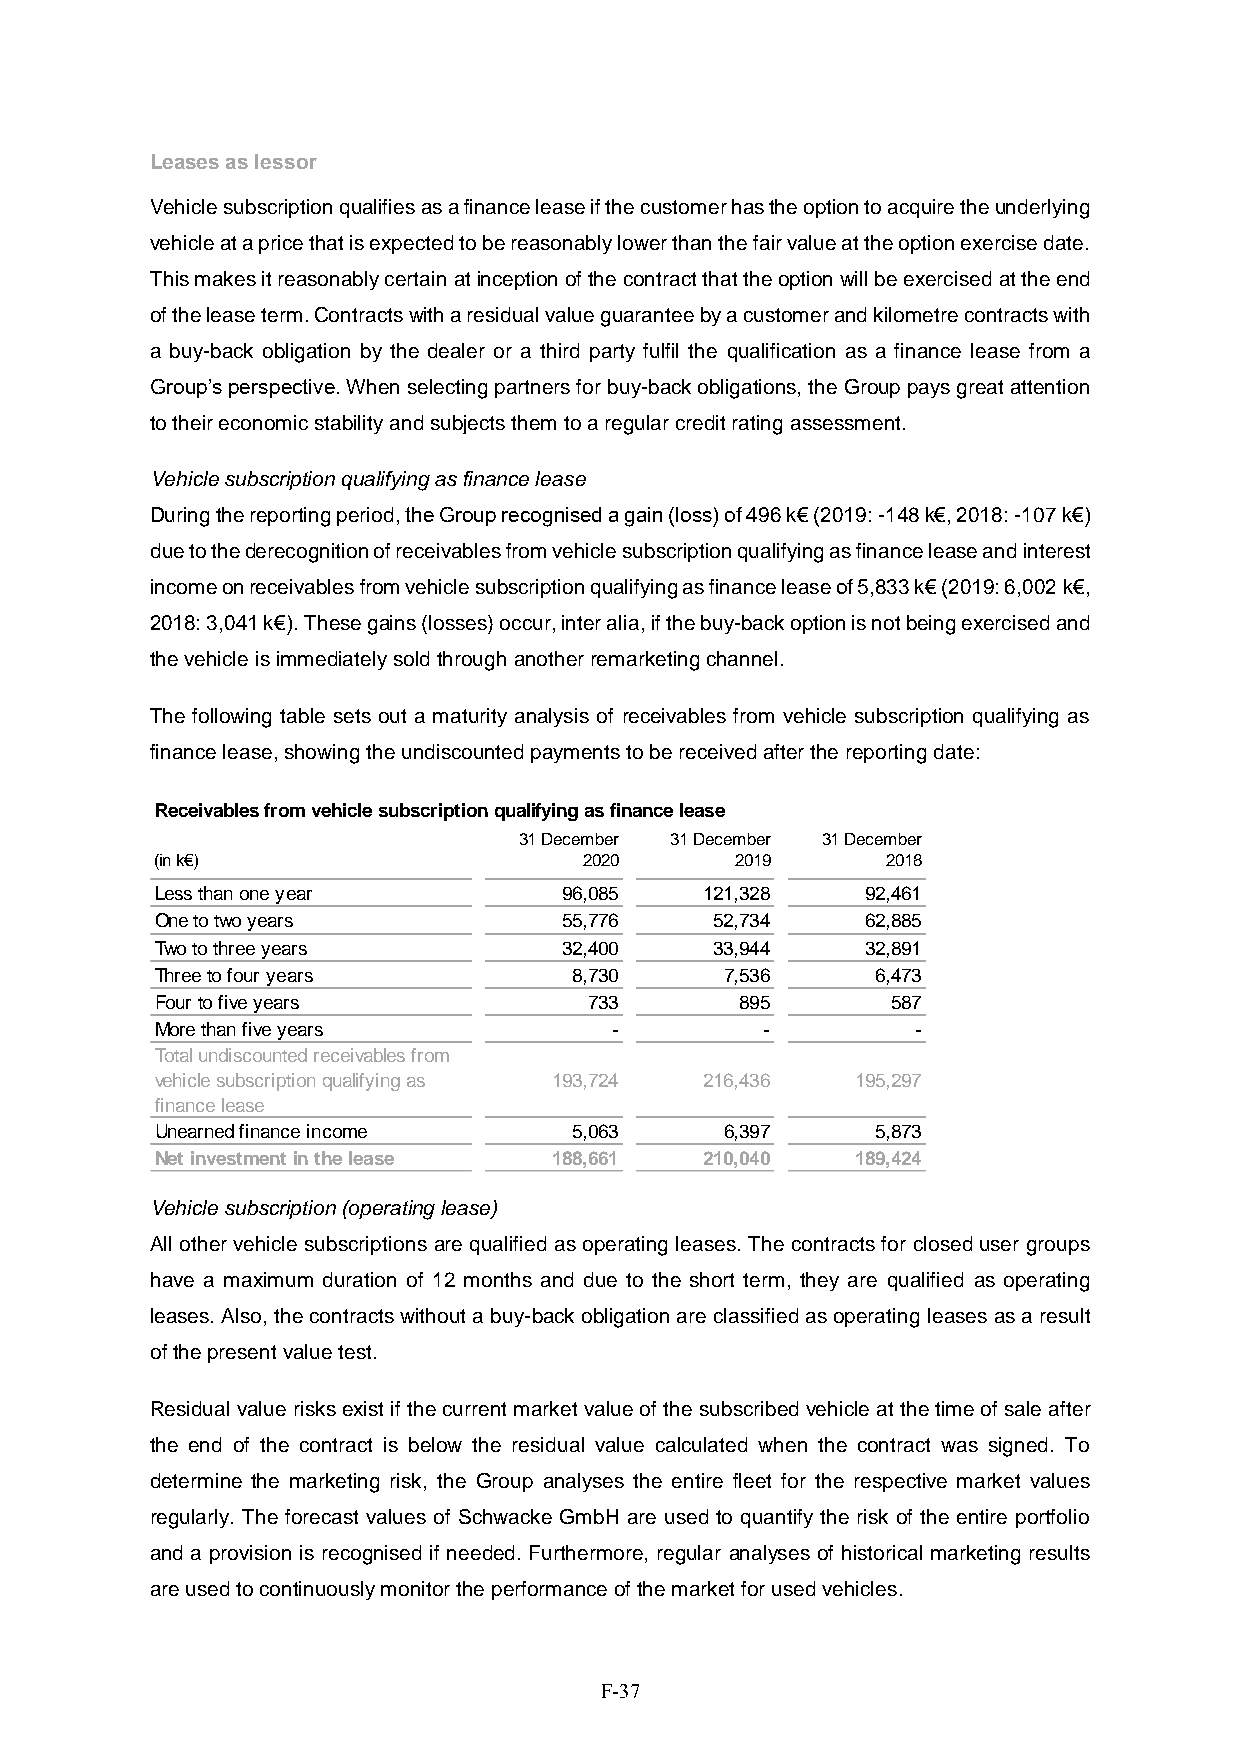
Leases as lessor
 Vehicle subscription qualifies as a finance lease if the customer has the option to acquire the underlying
 vehicle at a price that is expected to be reasonably lower than the fair value at the option exercise date.
 This makes it reasonably certain at inception of the contract that the option will be exercised at the end
 of the lease term. Contracts with a residual value guarantee by a customer and kilometre contracts with
 a buy-back obligation by the dealer or a third party fulfil the qualification as a finance lease from a
 Group’s perspective. When selecting partners for buy-back obligations, the Group pays great attention
 to their economic stability and subjects them to a regular credit rating assessment.
 Vehicle subscription qualifying as finance lease
 During the reporting period, the Group recognised a gain (loss) of 496 k€ (2019: -148 k€, 2018: -107 k€)
 due to the derecognition of receivables from vehicle subscription qualifying as finance lease and interest
 income on receivables from vehicle subscription qualifying as finance lease of 5,833 k€ (2019: 6,002 k€,
 2018: 3,041 k€). These gains (losses) occur, inter alia, if the buy-back option is not being exercised and
 the vehicle is immediately sold through another remarketing channel.
 The following table sets out a maturity analysis of receivables from vehicle subscription qualifying as
 finance lease, showing the undiscounted payments to be received after the reporting date:
 Receivables from vehicle subscription qualifying as finance lease
 31 December 31 December 31 December
 (in k€)                      2020      2019      2018
 Less than one year         96,085    121,328   92,461
 One to two years           55,776    52,734    62,885
 Two to three years         32,400    33,944    32,891
 Three to four years         8,730     7,536     6,473
 Four to five years           733       895       587
 More than five years          -         -          -
 Total undiscounted receivables from
 vehicle subscription qualifying as 193,724 216,436 195,297
 finance lease
 Unearned finance income     5,063     6,397     5,873
 Net investment in the lease 188,661  210,040   189,424
 Vehicle subscription (operating lease)
 All other vehicle subscriptions are qualified as operating leases. The contracts for closed user groups
 have a maximum duration of 12 months and due to the short term, they are qualified as operating
 leases. Also, the contracts without a buy-back obligation are classified as operating leases as a result
 of the present value test.
 Residual value risks exist if the current market value of the subscribed vehicle at the time of sale after
 the end of the contract is below the residual value calculated when the contract was signed. To
 determine the marketing risk, the Group analyses the entire fleet for the respective market values
 regularly. The forecast values of Schwacke GmbH are used to quantify the risk of the entire portfolio
 and a provision is recognised if needed. Furthermore, regular analyses of historical marketing results
 are used to continuously monitor the performance of the market for used vehicles.
 F-37